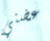
عضني